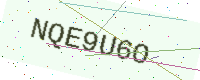
Text: NQE9U6O